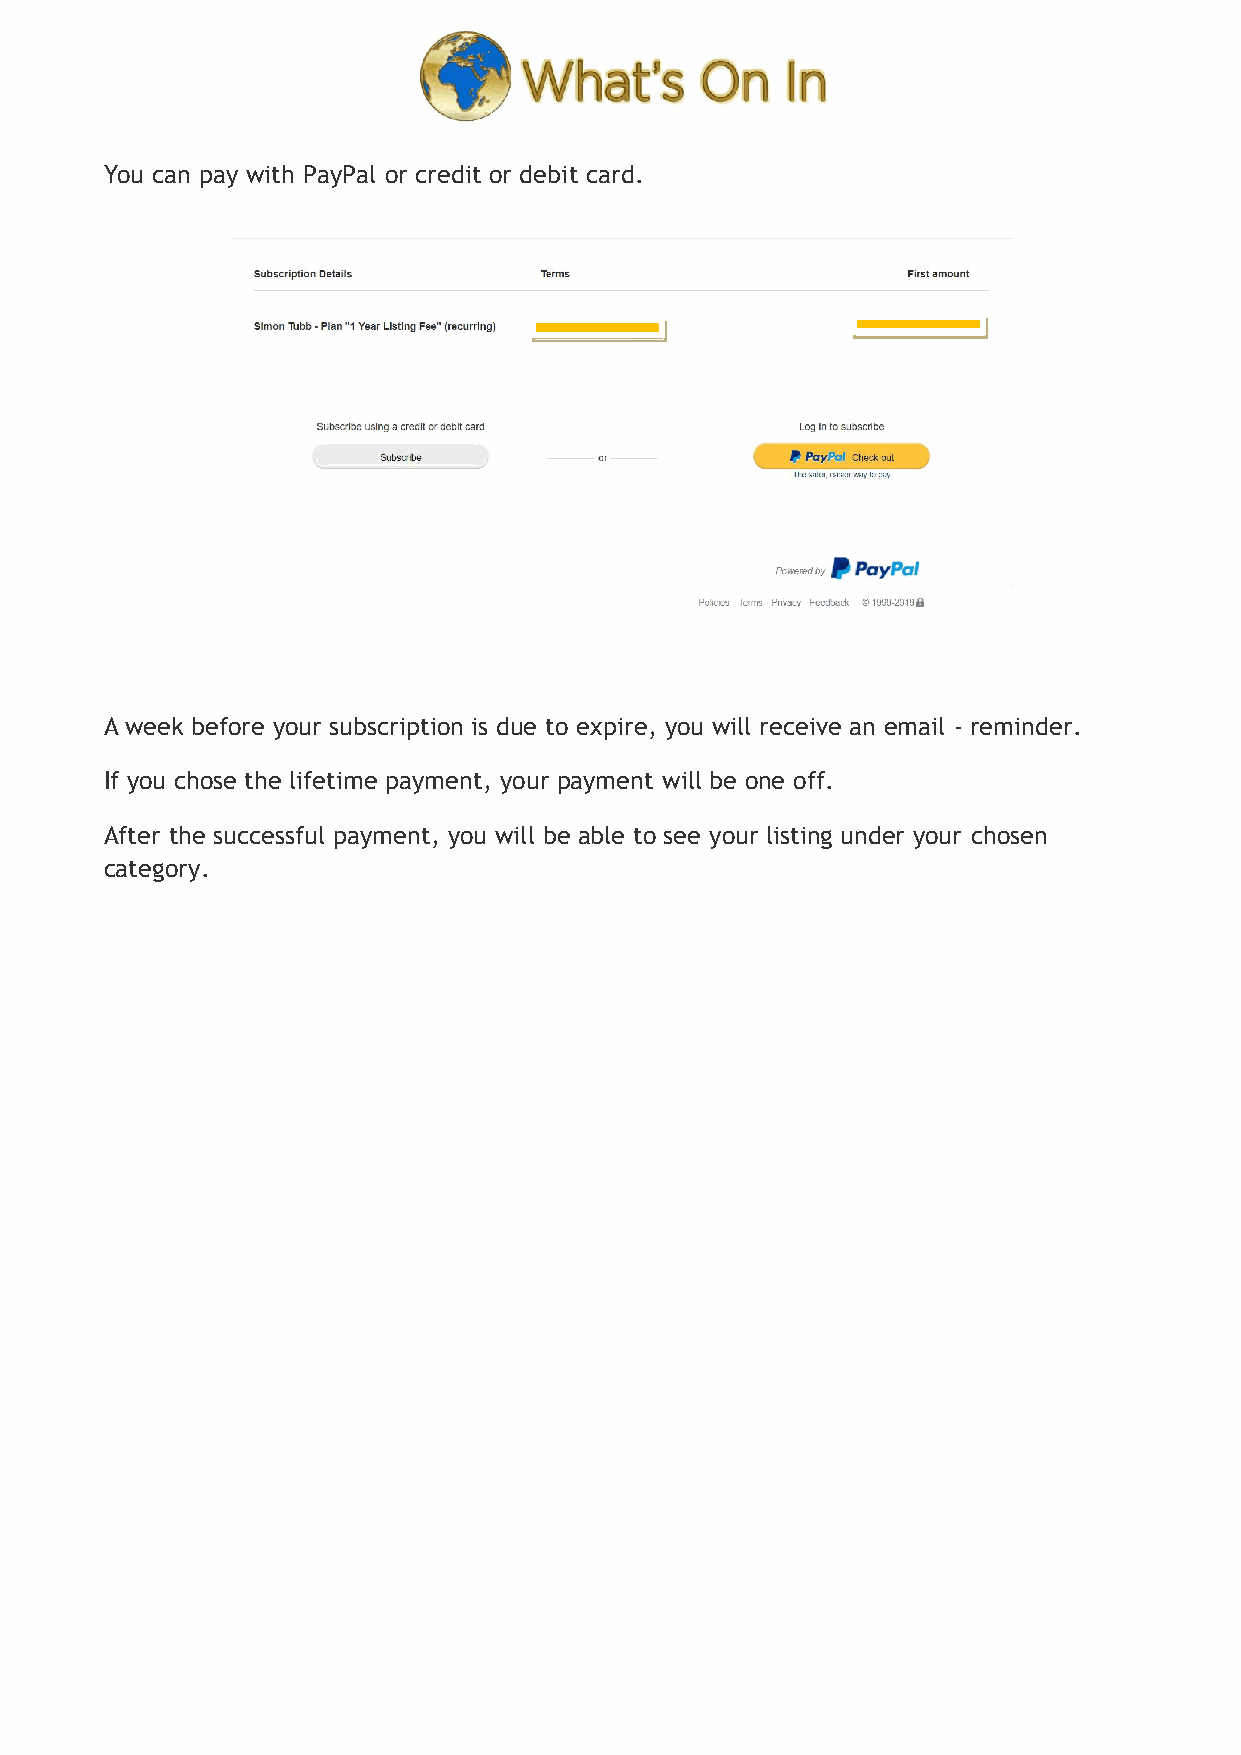
You can pay with PayPal or credit or debit card.
 A week before your subscription is due to expire, you will receive an email - reminder.
 If you chose the lifetime payment, your payment will be one off.
 After the successful payment, you will be able to see your listing under your chosen
 category.